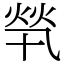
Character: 㷀